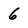
Character: 6